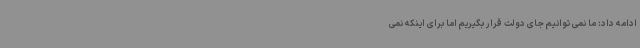
ادامه داد: ما نمی توانیم جای دولت قرار بگیریم اما برای اینکه نمی